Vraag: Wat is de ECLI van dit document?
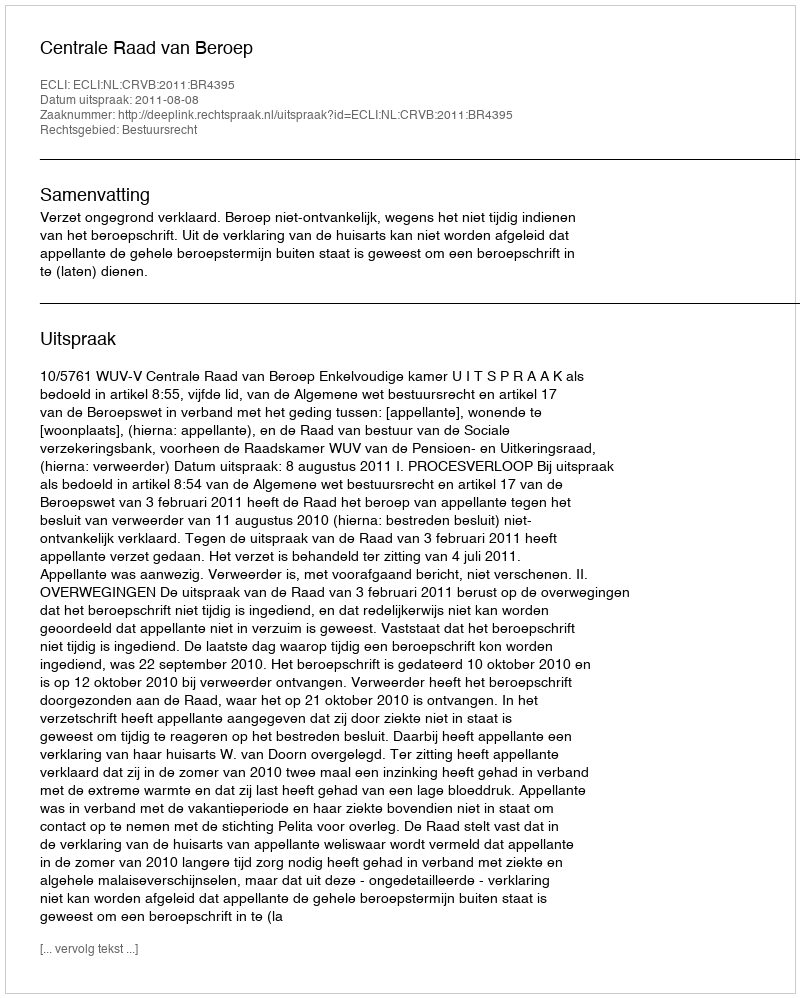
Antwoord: ECLI:NL:CRVB:2011:BR4395